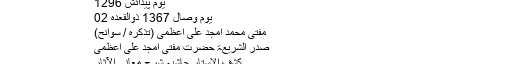
2015-08-15 قائدینِ تحریکِ پاکستان ضیائے مشائخِ قادریہ علمائے اسلام 9453
یوم پیدائش 1296
یوم وصال 1367 ذوالقعدہ 02
مفتی محمد امجد علی اعظمی (تذکرہ / سوانح)
صدر الشریعۃ حضرت مفتی امجد علی اعظمی
کشف الاستار حاشیہ شرح معانی الآثار
صدرالشریعہ مولانا شیخ امجد علی اعظمی